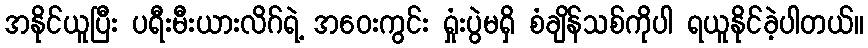
အနိုင်ယူပြီး ပရီးမီးယားလိဂ်ရဲ့ အဝေးကွင်း ရှုံးပွဲမရှိ စံချိန်သစ်ကိုပါ ရယူနိုင်ခဲ့ပါတယ်။